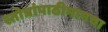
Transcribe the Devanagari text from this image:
स्तोत्रांपाठीमागचा